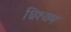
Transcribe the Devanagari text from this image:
ध्रिश्यम